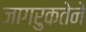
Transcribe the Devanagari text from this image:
जागरुकतेने